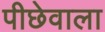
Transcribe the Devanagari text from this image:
पीछेवाला